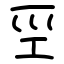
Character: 巠